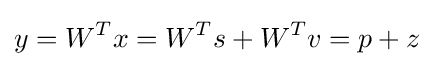
y=W^{T}x=W^{T}s+W^{T}v=p+z